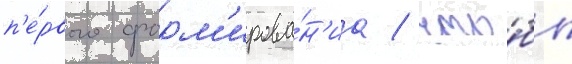
п'е́рвого форм'ирова́н'иа / что́бы